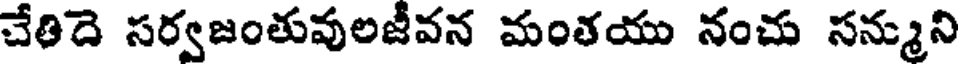
చేతిదె సర్వజంతువులజీవన మంతయు నంచు సన్ముని